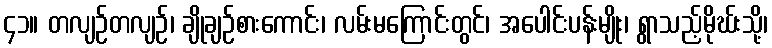
၄၁။ တလျဉ်တလျဉ်၊ ချိုချဉ်စားကောင်း၊ လမ်းမကြောင်းတွင်၊ အပေါင်းပန်းမျိုး၊ ရွာသည့်မိုဃ်းသို့၊